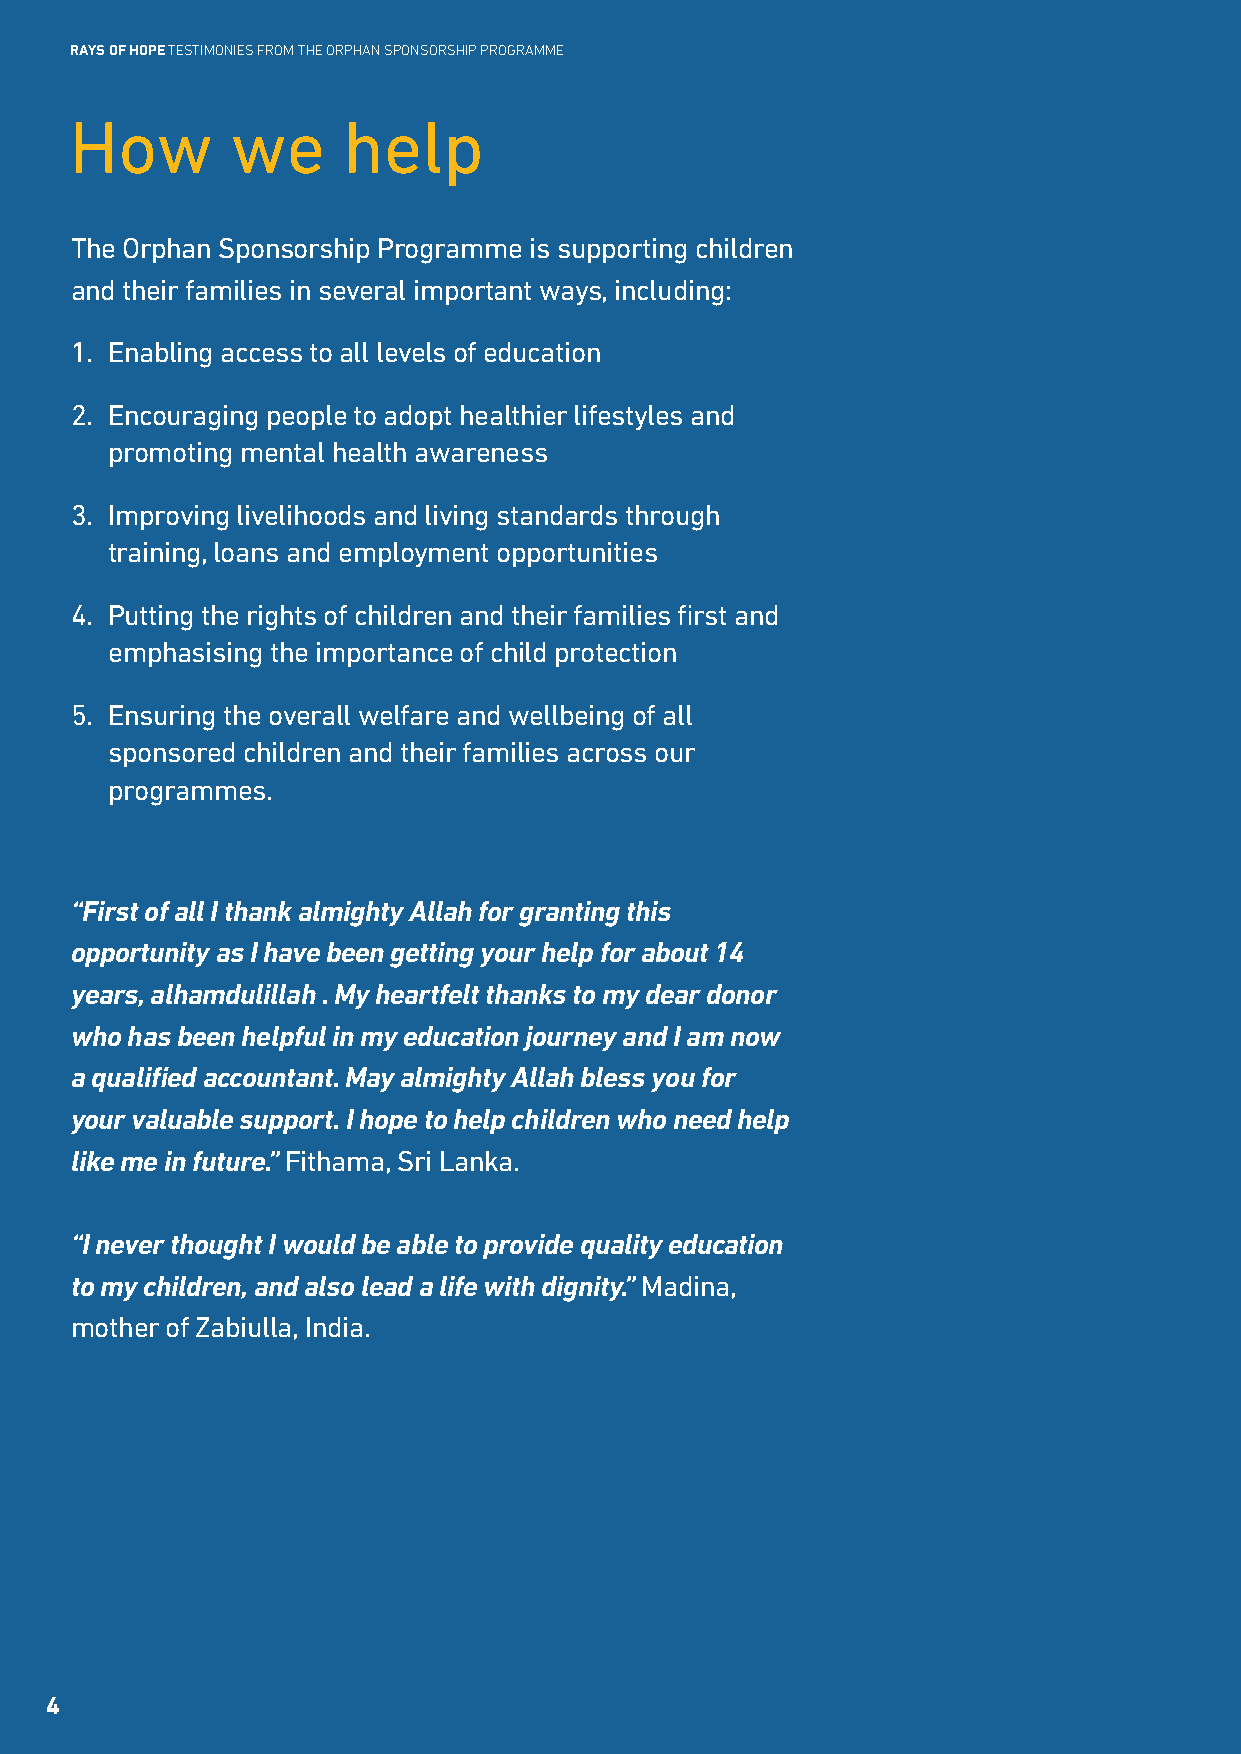
RAYS OF HOPE TESTIMONIES FROM THE ORPHAN SPONSORSHIP PROGRAMME
 How       we      help
 The Orphan Sponsorship Programme is supporting children
 and their families in several important ways, including:
 1. Enabling access to all levels of education
 2. Encouraging people to adopt healthier lifestyles and
 promoting mental health awareness
 3. Improving livelihoods and living standards through
 training, loans and employment opportunities
 4. Putting the rights of children and their families first and
 emphasising the importance of child protection
 5. Ensuring the overall welfare and wellbeing of all
 sponsored children and their families across our
 programmes.
 “First of all I thank almighty Allah for granting this
 opportunity as I have been getting your help for about 14
 years, alhamdulillah . My heartfelt thanks to my dear donor
 who has been helpful in my education journey and I am now
 a qualified accountant. May almighty Allah bless you for
 your valuable support. I hope to help children who need help
 like me in future.” Fithama, Sri Lanka.
 “I never thought I would be able to provide quality education
 to my children, and also lead a life with dignity.” Madina,
 mother of Zabiulla, India.
 4